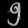
Digit: ၅